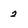
Character: 2